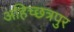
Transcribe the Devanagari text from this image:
अहिच्छत्रपुर